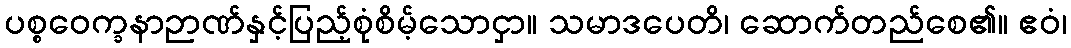
ပစ္စဝေက္ခနာဉာဏ်နှင့်ပြည့်စုံစိမ့်သောငှာ။ သမာဒပေတိ၊ ဆောက်တည်စေ၏။ ဧဝံ၊